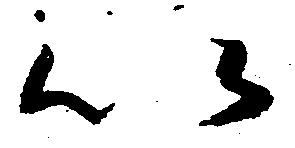
以